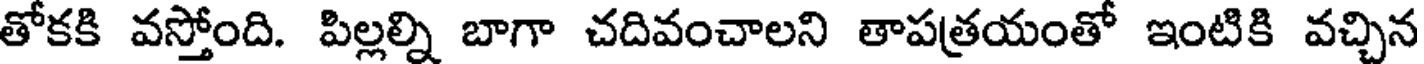
తోకకి వస్తోంది. పిల్లల్ని బాగా చదివంచాలని తాపత్రయంతో ఇంటికి వచ్చిన